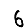
Digit: 6